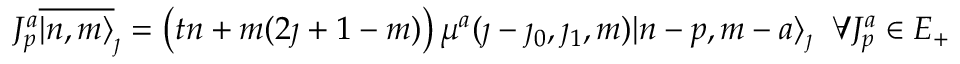
J _ { p } ^ { a } \overline { { { | n , m \rangle } } } _ { \jmath } = \left( t n + m ( 2 \jmath + 1 - m ) \right) \mu ^ { a } ( \jmath - \jmath _ { 0 } , \jmath _ { 1 } , m ) | n - p , m - a \rangle _ { \jmath } \; \; \forall J _ { p } ^ { a } \in { \cal E } _ { + }